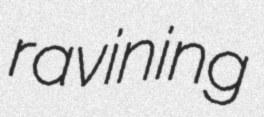
ravining